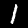
Label: 1